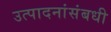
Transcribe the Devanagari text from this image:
उत्पादनांसंबधी